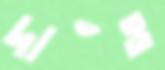
দাঁও